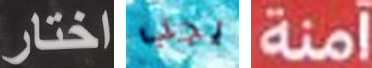
اختار يجب آمنة